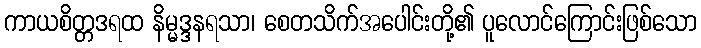
ကာယစိတ္တဒရထ နိမ္မဒ္ဒနရသာ၊ စေတသိက်အပေါင်းတို့၏ ပူလောင်ကြောင်းဖြစ်သော